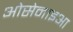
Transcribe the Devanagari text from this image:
ओसेनाइआ